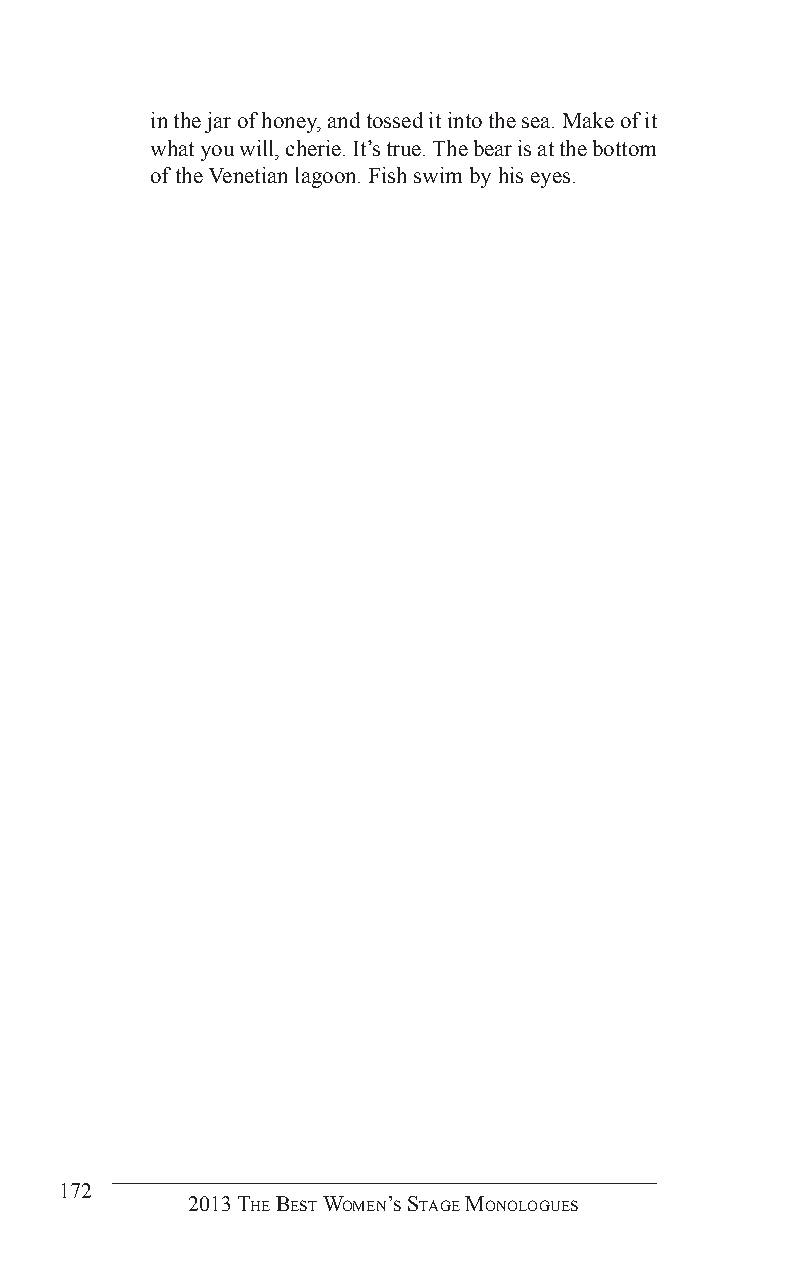
in the jar of honey, and tossed it into the sea. Make of it
 what you will, cherie. It’s true. The bear is at the bottom
 of the Venetian lagoon. Fish swim by his eyes.
 172
 2013 The BesT Women’s sTage monologues